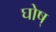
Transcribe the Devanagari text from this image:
घोष्